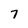
Character: 7